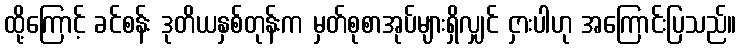
ထို့ကြောင့် ခင်စန်း ဒုတိယနှစ်တုန်းက မှတ်စုစာအုပ်များရှိလျှင် ငှားပါဟု အကြောင်းပြသည်။